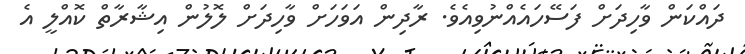
ދައްކަން ވާހިދަށް ފަސޭހައެއްނުވިއެވެ. ރާދިން އަވަހަށް ވާހިދަށް ލޮލުން އިޝާރާތް ކޮއްލީ އެ